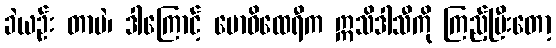
ခဲယဉ်း တာပဲ၊ ဒါကြောင့် ဗောဓိထေရီက ဣသိဒါသီကို ကြည့်ပြီးတော့